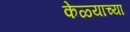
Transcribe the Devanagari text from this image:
केळ्याच्या